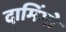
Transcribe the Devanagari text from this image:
दामिंगो